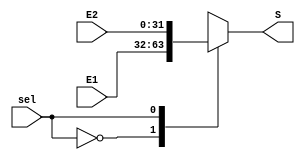
`timescale 1ns/1ns
module Mux(
    input [31:0]E1,
    input [31:0]E2,
    input sel,
    output reg [31:0]S
);
/*initial begin
    S<=31'd0;
end*/
always @* 
begin
    case (sel)
        0:
        begin
            S=E1;    
        end 
        1:
        begin
            S=E2;
        end
    endcase    
end
endmodule